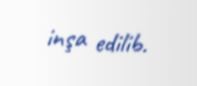
inşa edilib.